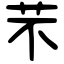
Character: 芣